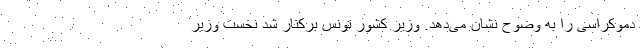
دموکراسی را به وضوح نشان می‌دهد. وزیر کشور تونس برکنار شد نخست وزیر